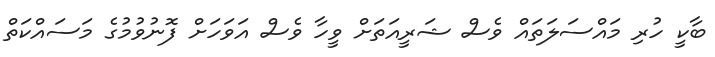
ބާކީ ހުރި މައްސަލަތައް ވެސް ޝަރީއަތަށް ވީހާ ވެސް އަވަހަށް ފޮނުވުމުގެ މަސައްކަތް